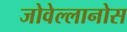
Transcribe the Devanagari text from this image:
जोवेल्लानोस